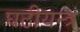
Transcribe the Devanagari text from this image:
घटीयन्त्रं